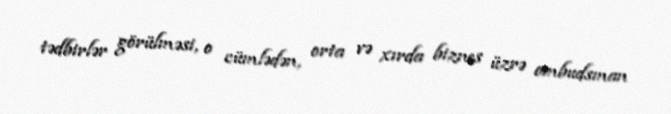
tədbirlər görülməsi, o cümlədən, orta və xırda biznes üzrə ombudsman